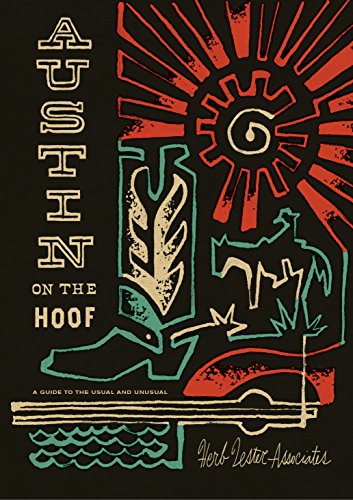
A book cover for Austin On The Hoof: A Guide to the Usual and Unusual; Travel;